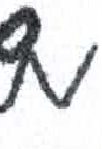
אות: מ